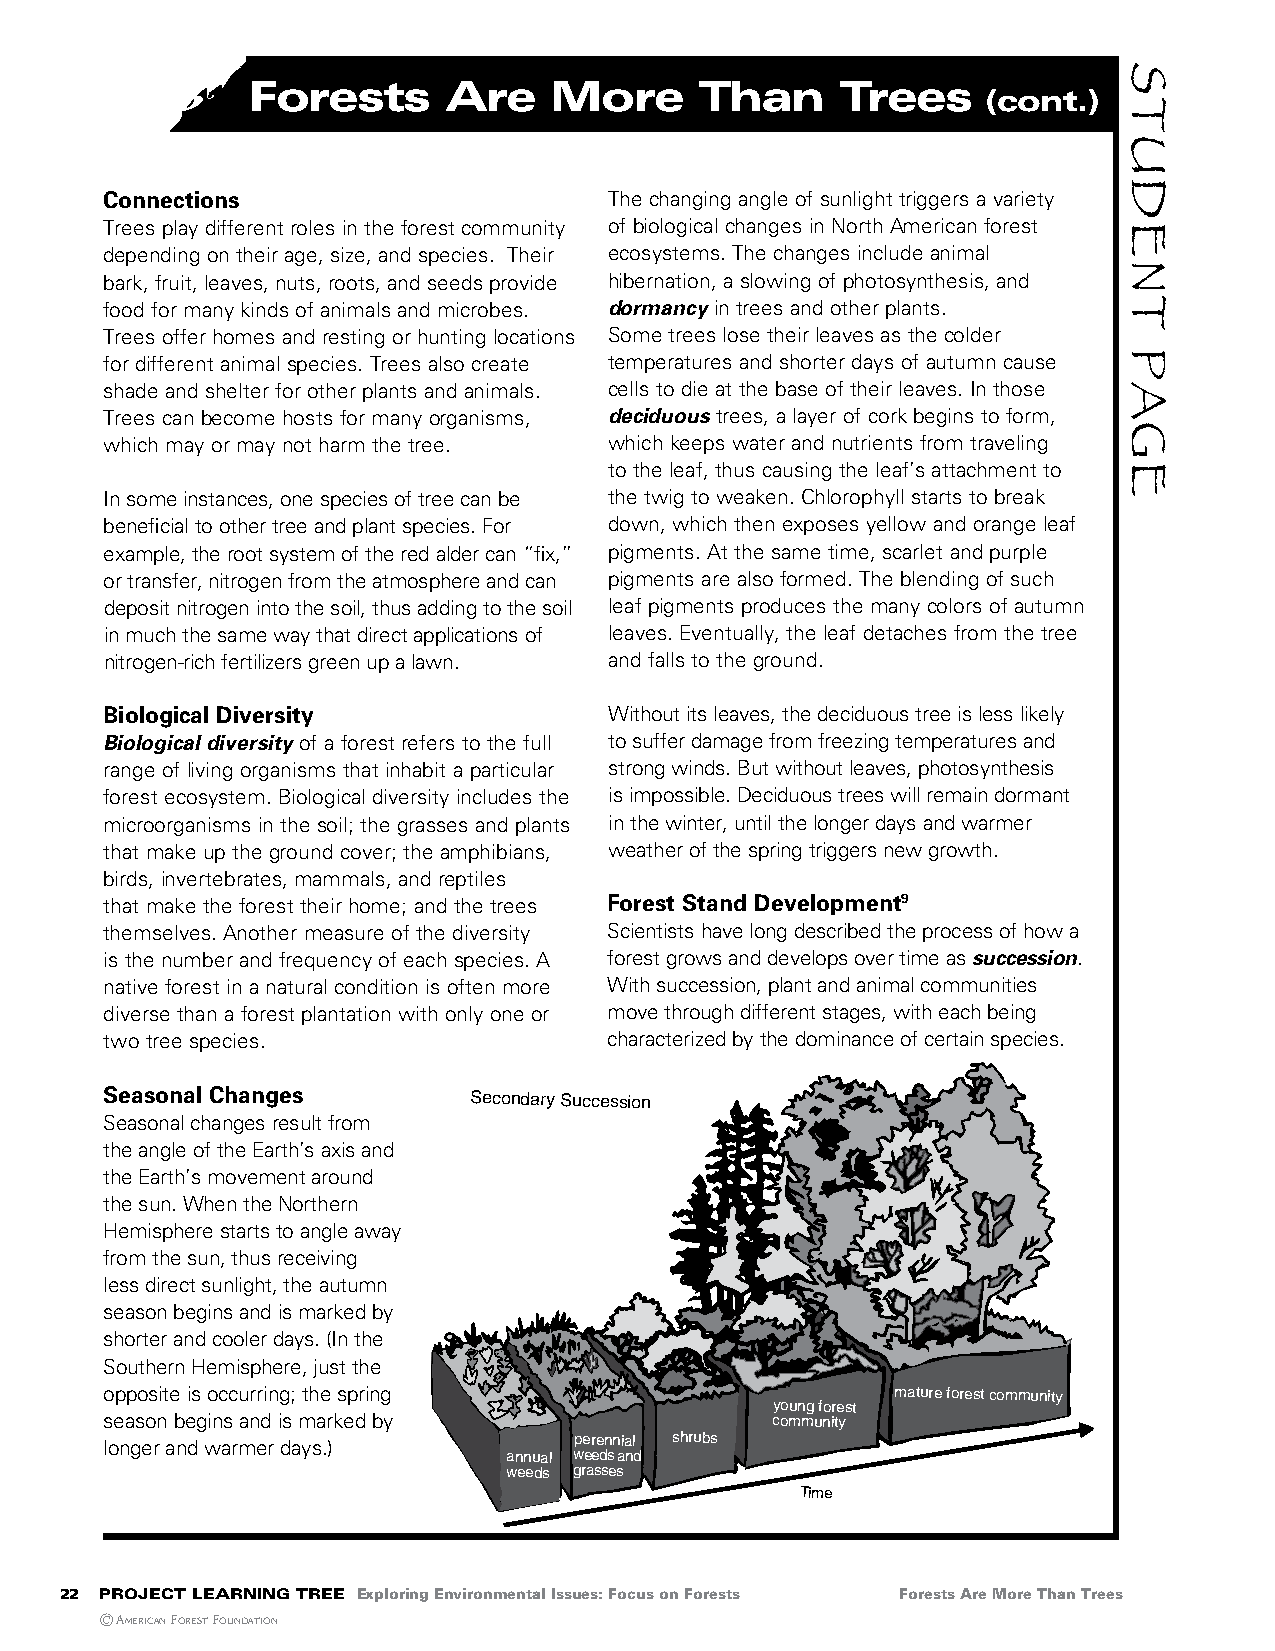
Forests       are    More      than     trees
 (cont.)
 Connections                      The changing angle of sunlight triggers a variety
 Trees play different roles in the forest community of biological changes in North American forest
 depending on their age, size, and species. Their ecosystems. The changes include animal
 bark, fruit, leaves, nuts, roots, and seeds provide hibernation, a slowing of photosynthesis, and
 food for many kinds of animals and microbes. dormancy in trees and other plants.
 Trees offer homes and resting or hunting locations Some trees lose their leaves as the colder
 for different animal species. Trees also create temperatures and shorter days of autumn cause
 shade and shelter for other plants and animals. cells to die at the base of their leaves. In those
 Trees can become hosts for many organisms, deciduous trees, a layer of cork begins to form,
 which may or may not harm the tree. which keeps water and nutrients from traveling
 to the leaf, thus causing the leaf’s attachment to
 In some instances, one species of tree can be the twig to weaken. Chlorophyll starts to break
 beneficial to other tree and plant species. For down, which then exposes yellow and orange leaf
 example, the root system of the red alder can “fix,” pigments. At the same time, scarlet and purple
 or transfer, nitrogen from the atmosphere and can pigments are also formed. The blending of such
 deposit nitrogen into the soil, thus adding to the soil leaf pigments produces the many colors of autumn
 in much the same way that direct applications of leaves. Eventually, the leaf detaches from the tree
 nitrogen-rich fertilizers green up a lawn. and falls to the ground.
 Biological Diversity             Without its leaves, the deciduous tree is less likely
 Biological diversity of a forest refers to the full to suffer damage from freezing temperatures and
 range of living organisms that inhabit a particular strong winds. But without leaves, photosynthesis
 forest ecosystem. Biological diversity includes the is impossible. Deciduous trees will remain dormant
 microorganisms in the soil; the grasses and plants in the winter, until the longer days and warmer
 that make up the ground cover; the amphibians, weather of the spring triggers new growth.
 birds, invertebrates, mammals, and reptiles
 that make the forest their home; and the trees Forest Stand Development9
 themselves. Another measure of the diversity Scientists have long described the process of how a
 is the number and frequency of each species. A forest grows and develops over time as succession.
 native forest in a natural condition is often more With succession, plant and animal communities
 diverse than a forest plantation with only one or move through different stages, with each being
 two tree species.                characterized by the dominance of certain species.
 Seasonal Changes        Secondary Succession
 Seasonal changes result from
 the angle of the Earth’s axis and
 the Earth’s movement around
 the sun. When the Northern
 Hemisphere starts to angle away
 from the sun, thus receiving
 less direct sunlight, the autumn
 season begins and is marked by
 shorter and cooler days. (In the
 Southern Hemisphere, just the
 opposite is occurring; the spring                   mature forest community
 young forest
 season begins and is marked by              community
 longer and warmer days.)       perennial shrubs
 annual weeds and
 weeds grasses
 Time
 22 project learning tree Exploring Environmental Issues: Focus on Forests Forests Are More Than Trees
 © AmericAn Forest FoundAtion
 STUDenT
 PAge